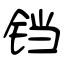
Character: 铛